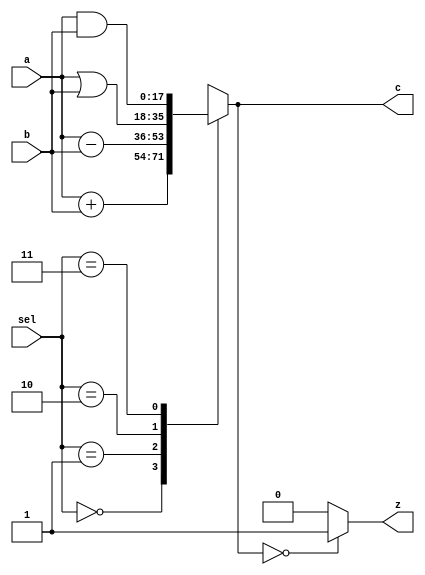
`timescale 1ns / 1ps
//////////////////////////////////////////////////////////////////////////////////
// Company: 
// Engineer: 
// 
// Design Name: 
// Module Name:    Alu 
// Project Name: 
// Target Devices: 
// Tool versions: 
// Description: 
//
// Dependencies: 
//
// Revision: 
// Revision 0.01 - File Created
// Additional Comments: 
//
//////////////////////////////////////////////////////////////////////////////////
module Alu(a, b, sel, c, z
    );
	 input [17:0]a;
	 input [17:0]b;
    input [1:0]sel;
    output reg[17:0]c;
	 output reg z;
	 
	 always @(*)
	 begin
		   case(sel)
			2'b00 : c = a + b;
			2'b01 : c = a - b;
			2'b10 : c = a | b;
			2'b11 : c = a & b;
			endcase
			
			if (c == 18'b000000000000000000)
				z = 1;
			else
				z = 0;
			/*case(c)
			18'b000000000000000000 : z = 1;
			18'b000000000000000001 : z = 0;
			endcase*/
	 end


endmodule